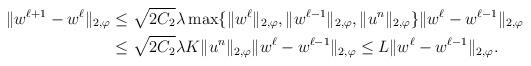
LaTeX: \begin{align*}\|w^{\ell+1}-w^{\ell}\|_{2,\varphi} &\le \sqrt{2 C_{2}} \lambda \max\{\|w^{\ell}\|_{2,\varphi}, \|w^{\ell-1}\|_{2,\varphi}, \|u^{n}\|_{2,\varphi} \} \|w^{\ell}-w^{\ell-1}\|_{2,\varphi} \\&\le \sqrt{2 C_{2}} \lambda K \|u^{n}\|_{2,\varphi} \|w^{\ell}-w^{\ell-1}\|_{2,\varphi} \le L \|w^{\ell}-w^{\ell-1}\|_{2,\varphi}.\end{align*}